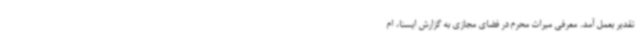
تقدیر بعمل آمد. معرفی میراث محرم در فضای مجازی به گزارش ایسنا، ام